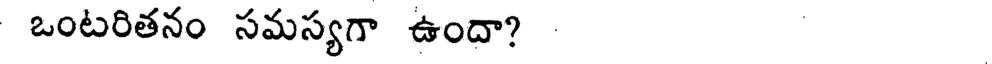
ఒంటరితనం సమస్యగా ఉందా?